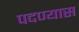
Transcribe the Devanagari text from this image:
पदण्यास